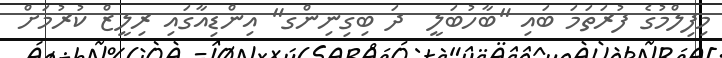
މިފިލްމުގެ ފުރަތަމަ ބައި "ބާހުބަލީ  ދަ ބިގިނިންގ" އިންޑިއާގައި ރިލީޒް ކުރުމަށް